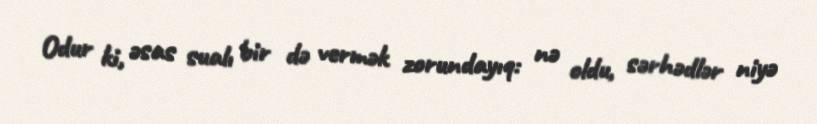
Odur ki, əsas sualı bir də vermək zorundayıq: nə oldu, sərhədlər niyə